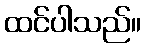
ထင်ပါသည်။